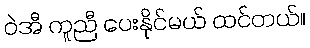
ဝဲအီ ကူညီ ပေးနိုင်မယ် ထင်တယ်။